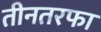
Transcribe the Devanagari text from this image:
तीनतरफा